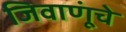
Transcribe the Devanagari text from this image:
जिवाणूंचे